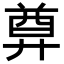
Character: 𢍜